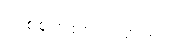
တစ်စုတစ်စည်းတည်း